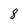
Character: 8